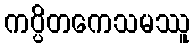
ကပ္ပိတကေသမဿူ